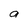
Character: a